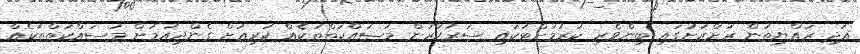
އަދި ރައްޔިތުން ރަށްރަށުގައި ބިންވެރި ކުރުމަށްޓަކައި ސަރުކާރުން މަސައްކަތްތަކެއް ކުރިއަށް ގެންދިއުމަށް މަސައްކަތްތަކެއް